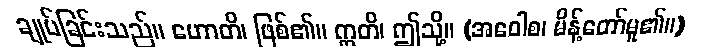
ချုပ်ခြင်းသည်။ ဟောတိ၊ ဖြစ်၏။ ဣတိ၊ ဤသို့။ (အဝေါစ၊ မိန့်တော်မူ၏။)